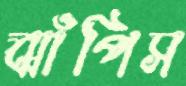
ঝাঁপিস